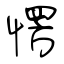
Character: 愣